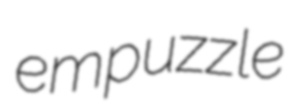
empuzzle